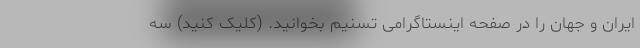
ایران و جهان را در صفحه اینستاگرامی تسنیم بخوانید. (کلیک کنید) سه